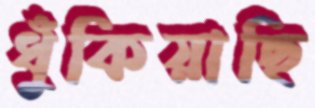
ধুঁকিয়াছি